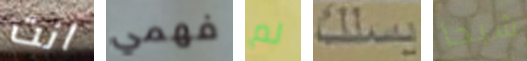
انت فهمي لم يسلك شبحا